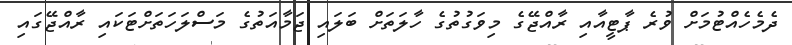
ދެމެހެއްޓުމަށް ވުރެ ޕާޓީއާއި ރާއްޖޭގެ މިވަގުތުގެ ހާލަތަށް ބަލައި ޖަމާއަތުގެ މަސްލަހަތަށްޓަކައި ރާއްޖޭގައި